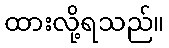
ထားလို့ရသည်။